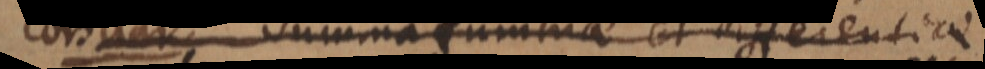
Hinc summa summae et differentiae